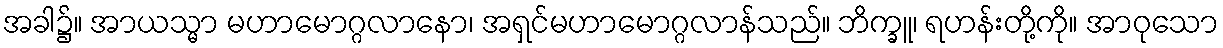
အခါ၌။ အာယသ္မာ မဟာမောဂ္ဂလာနော၊ အရှင်မဟာမောဂ္ဂလာန်သည်။ ဘိက္ခူ၊ ရဟန်းတို့ကို။ အာဝုသော